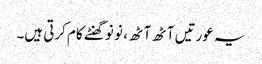
یہ عورتیں آٹھ آٹھ ، نو نو گھنٹے کام کرتی ہیں۔